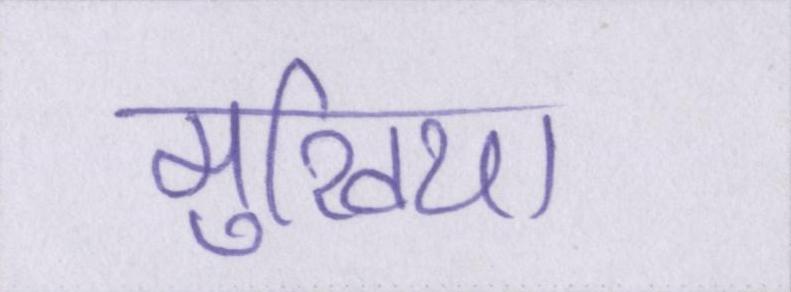
मुखिया